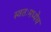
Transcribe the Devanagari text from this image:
स्वतःमध्येच